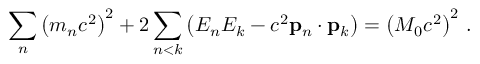
\sum _ { n } \left( m _ { n } c ^ { 2 } \right) ^ { 2 } + 2 \sum _ { n < k } \left( E _ { n } E _ { k } - c ^ { 2 } \mathbf { p } _ { n } \cdot \mathbf { p } _ { k } \right) = \left( M _ { 0 } c ^ { 2 } \right) ^ { 2 } \, .